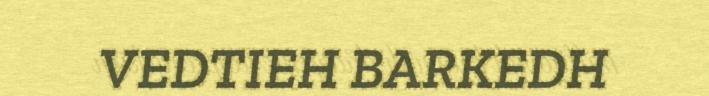
VEDTIEH BARKEDH